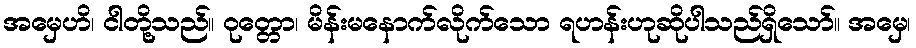
အမှေဟိ၊ ငါတို့သည်။ ဝုတ္တော၊ မိန်းမနောက်လိုက်သော ရဟန်းဟုဆိုပါသည်ရှိသော်။ အမှေ၊